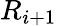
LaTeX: R_{i+1}